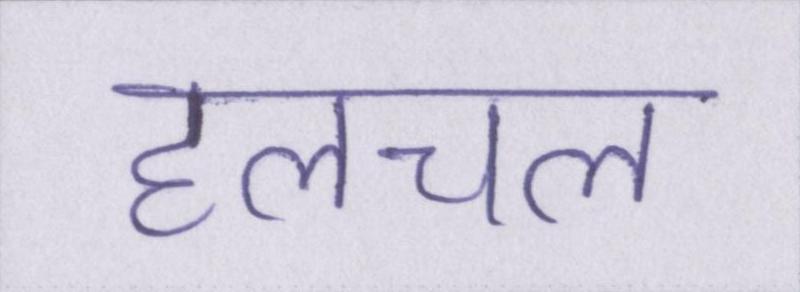
हलचल